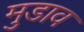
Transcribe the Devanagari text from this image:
मुडाव